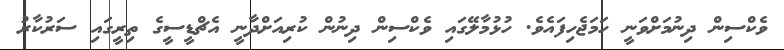
ވެކްސިން ދިނުމަށްވަނީ ހަމަޖެހިފައެވެ. ހުޅުމާލޭގައި ވެކްސިން ދިނުން ކުރިއަށްދާނީ އެޗްޑީސީގެ ތިރީގައި ސަރުކާރު